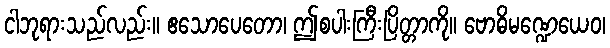
ငါဘုရားသည်လည်း။ ဧသောပေတော၊ ဤစပါးကြီးပြိတ္တာကို။ ဗောဓိမဏ္ဍေယေဝ၊